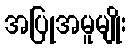
အပြုအမူမျိုး